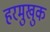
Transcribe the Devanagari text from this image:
हरमुखुक